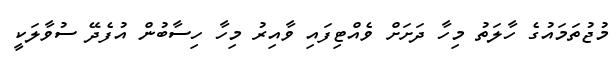
މުޖުތަމައުގެ ހާލަތު މިހާ ދަށަށް ވެއްޓިފައި ވާއިރު މިހާ ހިސާބުން އުފެދޭ ސުވާލަކީ